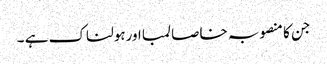
جن کا منصوبہ خاصا لمبا اورہولناک ہے ۔